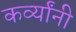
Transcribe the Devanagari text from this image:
कर्व्यांनी